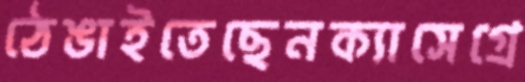
ঠেঙাইতেছেনক্যাসেগ্রে